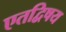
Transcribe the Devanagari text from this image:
एतद्विषय